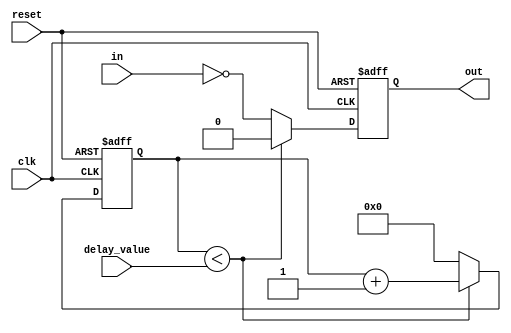
module NOR_gate_delay (
    input wire clk,
    input wire reset,
    input wire delay_value,
    input wire in,
    output reg out
);

reg [31:0] counter;

always @ (posedge clk or posedge reset) begin
    if (reset) begin
        counter <= 0;
        out <= 1'b0;
    end else if (counter < delay_value) begin
        counter <= counter + 1;
        out <= 1'b0;
    end else begin
        counter <= 0;
        out <= ~in;
    end
end

endmodule